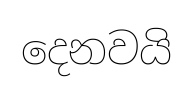
දෙනවයි